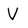
Character: V